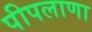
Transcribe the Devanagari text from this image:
पीपलाणा